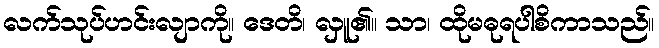
လက်သုပ်ဟင်းလျာကို။ ဒေတိ၊ လှူ၏။ သာ၊ ထိုမဓုရပါစိကာသည်။